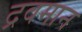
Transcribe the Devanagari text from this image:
द्रवमान